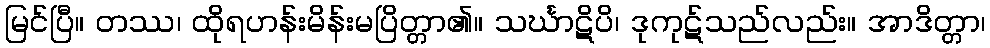
မြင်ပြီ။ တဿ၊ ထိုရဟန်းမိန်းမပြိတ္တာ၏။ သင်္ဃာဋိပိ၊ ဒုကုဋ်သည်လည်း။ အာဒိတ္တာ၊